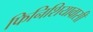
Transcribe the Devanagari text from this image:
फिनिशियावासी